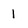
Character: l